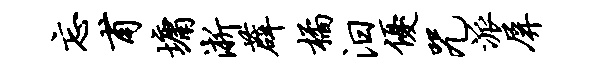
忘甫墉淅薜橘汨优咒派屏